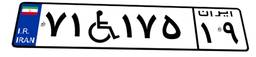
۷۱W۱۷۵۱۹